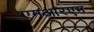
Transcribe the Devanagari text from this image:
एमआरएम